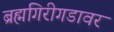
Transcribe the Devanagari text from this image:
ब्रह्मगिरीगडावर